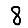
Digit: 8